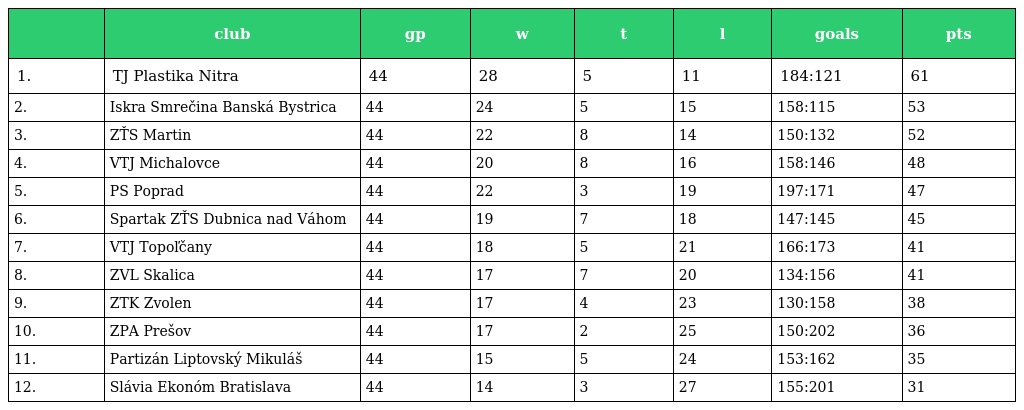
|  | club | gp | w | t | l | goals | pts |
 | --- | --- | --- | --- | --- | --- | --- | --- |
 | 1. | TJ Plastika Nitra | 44 | 28 | 5 | 11 | 184:121 | 61 |
 | 2. | Iskra Smrečina Banská Bystrica | 44 | 24 | 5 | 15 | 158:115 | 53 |
 | 3. | ZŤS Martin | 44 | 22 | 8 | 14 | 150:132 | 52 |
 | 4. | VTJ Michalovce | 44 | 20 | 8 | 16 | 158:146 | 48 |
 | 5. | PS Poprad | 44 | 22 | 3 | 19 | 197:171 | 47 |
 | 6. | Spartak ZŤS Dubnica nad Váhom | 44 | 19 | 7 | 18 | 147:145 | 45 |
 | 7. | VTJ Topoľčany | 44 | 18 | 5 | 21 | 166:173 | 41 |
 | 8. | ZVL Skalica | 44 | 17 | 7 | 20 | 134:156 | 41 |
 | 9. | ZTK Zvolen | 44 | 17 | 4 | 23 | 130:158 | 38 |
 | 10. | ZPA Prešov | 44 | 17 | 2 | 25 | 150:202 | 36 |
 | 11. | Partizán Liptovský Mikuláš | 44 | 15 | 5 | 24 | 153:162 | 35 |
 | 12. | Slávia Ekonóm Bratislava | 44 | 14 | 3 | 27 | 155:201 | 31 |